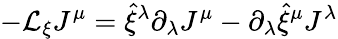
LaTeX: -{\cal L}_{\xi}J^{\mu}=\hat{\xi}^{\lambda}\partial_{\lambda}J^{\mu}-\partial_{\lambda}\hat{\xi}^{\mu}J^{\lambda}